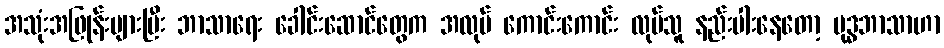
အသုံးအဖြုန်းများပြီး ဘာသာရေး ခေါင်းဆောင်တွေက အလုပ် ကောင်းကောင်း လုပ်သူ နည်းပါးနေတော့ ဗုဒ္ဓဘာသာဟာ